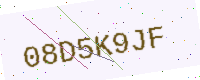
Text: 08D5K9JF